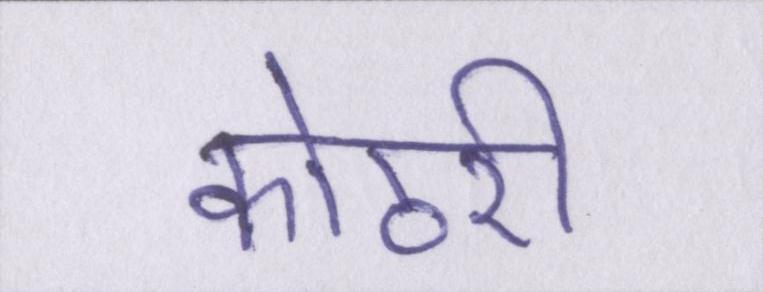
कोठरी